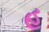
હ